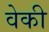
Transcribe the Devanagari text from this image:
वेकी